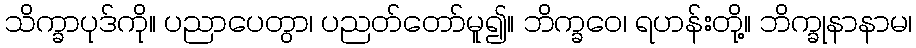
သိက္ခာပုဒ်ကို။ ပညာပေတွာ၊ ပညတ်တော်မူ၍။ ဘိက္ခဝေ၊ ရဟန်းတို့။ ဘိက္ခုနာနာမ၊